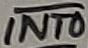
Text: INT0